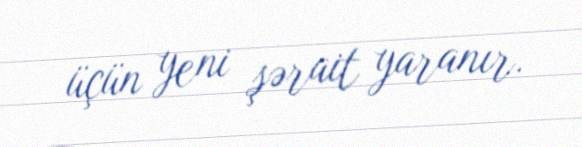
üçün yeni şərait yaranır.